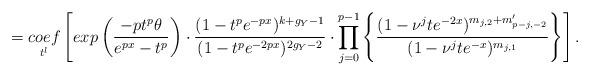
LaTeX: \begin{align*}=\underset{t^{l}}{coef}\left[exp\left(\frac{-pt^{p}\theta}{e^{px}-t^{p}} \right)\cdot\frac{(1-t^{p}e^{-px})^{k+g_{Y}-1}}{(1-t^{p}e^{-2px})^{2g_{Y}-2}}\cdot \prod_{j=0}^{p-1}\left\{\frac{(1-\nu^{j}te^{-2x})^{m_{j,2}+m'_{p-j,-2}}}{(1-\nu^{j}te^{-x})^{m_{j,1}}} \right\}\right].\end{align*}